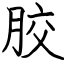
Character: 胶